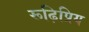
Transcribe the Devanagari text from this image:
रूढ़िप्रिय